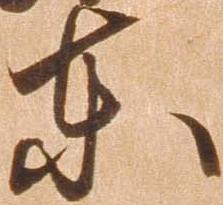
東